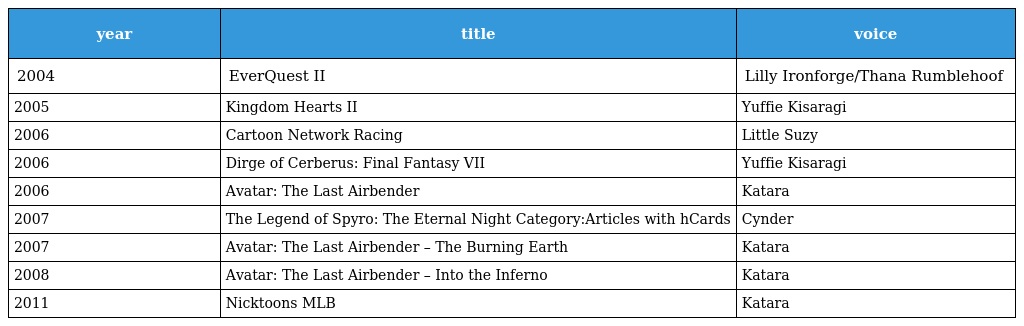
| year | title | voice |
 | --- | --- | --- |
 | 2004 | EverQuest II | Lilly Ironforge/Thana Rumblehoof |
 | 2005 | Kingdom Hearts II | Yuffie Kisaragi |
 | 2006 | Cartoon Network Racing | Little Suzy |
 | 2006 | Dirge of Cerberus: Final Fantasy VII | Yuffie Kisaragi |
 | 2006 | Avatar: The Last Airbender | Katara |
 | 2007 | The Legend of Spyro: The Eternal Night Category:Articles with hCards | Cynder |
 | 2007 | Avatar: The Last Airbender – The Burning Earth | Katara |
 | 2008 | Avatar: The Last Airbender – Into the Inferno | Katara |
 | 2011 | Nicktoons MLB | Katara |